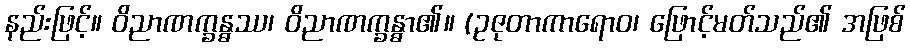
နည်းဖြင့်။ ဝိညာဏက္ခန္ဓဿ၊ ဝိညာဏက္ခန္ဓာ၏။ (ဥဇုတာကာရောဝ၊ ဖြောင့်မတ်သည်၏ အဖြစ်